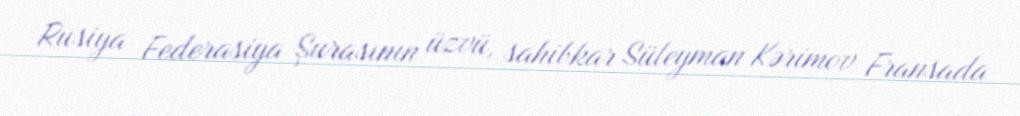
Rusiya Federasiya Şurasının üzvü, sahibkar Süleyman Kərimov Fransada